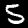
Digit: 5